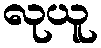
လုယူ